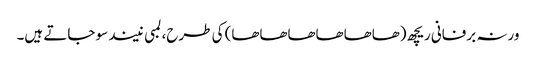
ورنہ برفانی ریچھ (ھاھاھاھاھاھا) کی طرح، لمبی نیند سو جاتے ہیں۔